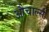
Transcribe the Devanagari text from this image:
औचार्ल्स